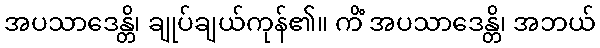
အပသာဒေန္တိ၊ ချုပ်ချယ်ကုန်၏။ ကိံ အပသာဒေန္တိ၊ အဘယ်